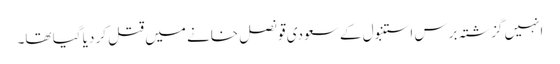
انہیں گزشتہ برس استنبول کے سعودی قونصل خانے میں قتل کر دیا گیا تھا۔